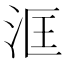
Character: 洭